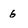
Character: 6